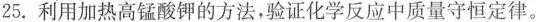
25.利用加热高锰酸钾的方法，验证化学反应中质量守恒定律。